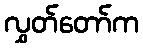
လွှတ်တော်က